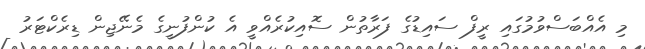
މި އެއްބަސްވުމުގައި ރީފް ސައިޑުގެ ފަރާތުން ސޮއިކުރެއްވީ އެ ކުންފުނީގެ މެނޭޖިން ޑިރެކްޓަރު